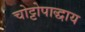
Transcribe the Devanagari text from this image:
चोट्टोपाद्धाय